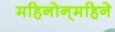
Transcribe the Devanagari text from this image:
महिनोन्‌महिने